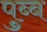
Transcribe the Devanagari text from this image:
पुब्ब